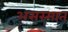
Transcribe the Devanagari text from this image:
असस्मात